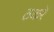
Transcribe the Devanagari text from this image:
ठकरे